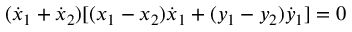
( { \dot { x } } _ { 1 } + { \dot { x } } _ { 2 } ) [ ( x _ { 1 } - x _ { 2 } ) { \dot { x } } _ { 1 } + ( y _ { 1 } - y _ { 2 } ) { \dot { y } } _ { 1 } ] = 0